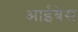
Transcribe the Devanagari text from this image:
आईबेस